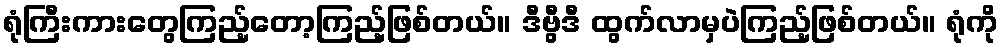
ရုံကြီးကားတွေကြည့်တော့ကြည့်ဖြစ်တယ်။ ဒီဗွီဒီ ထွက်လာမှပဲကြည့်ဖြစ်တယ်။ ရုံကို